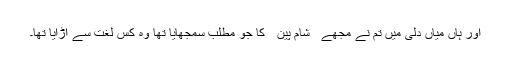
اور ہاں میاں دِلی میں تم نے مجھے ٰ ٰ شام پین ٰ ٰ کا جو مطلب سمجھایا تھا وہ کس لغت سے اڑایا تھا۔